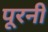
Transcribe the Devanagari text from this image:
पूरनी